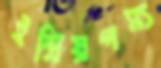
ইন্দ্রিয়গম্য